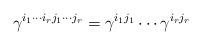
LaTeX: \begin{align*} \gamma^{i_1\cdots i_r j_1 \cdots j_r} = \gamma^{i_1j_1} \cdots \gamma^{i_r j_r} \end{align*}